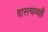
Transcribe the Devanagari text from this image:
वास्त्यव्यही